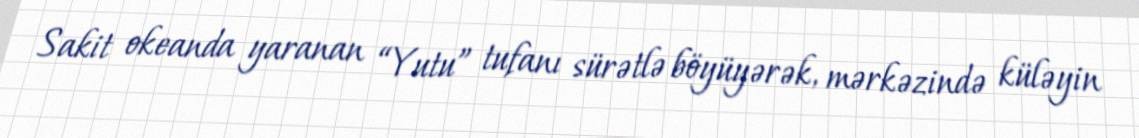
Sakit okeanda yaranan “Yutu” tufanı sürətlə böyüyərək, mərkəzində küləyin